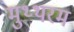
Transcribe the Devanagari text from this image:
मुथ्थरम